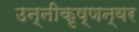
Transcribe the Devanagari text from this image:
उन्नीकृष्णन्‌वर